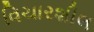
વિચારશીલ